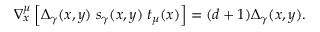
\nabla _ { x } ^ { \mu } \left[ \Delta _ { \gamma } ( x , y ) \; s _ { \gamma } ( x , y ) \; t _ { \mu } ( x ) \right] = ( d + 1 ) \Delta _ { \gamma } ( x , y ) .